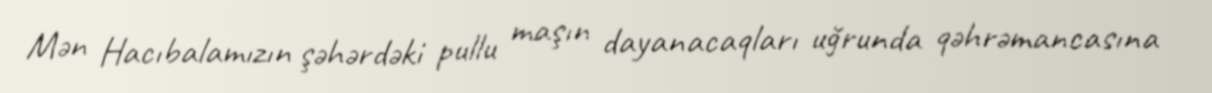
Mən Hacıbalamızın şəhərdəki pullu maşın dayanacaqları uğrunda qəhrəmancasına